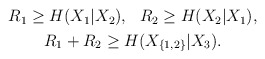
\begin{align*}\begin{gathered}R_1 \ge H(X_1 | X_2), \ \ R_2 \ge H(X_2|X_1), \\R_1+R_2 \ge H(X_{\{1,2\}}|X_3).\end{gathered}\end{align*}